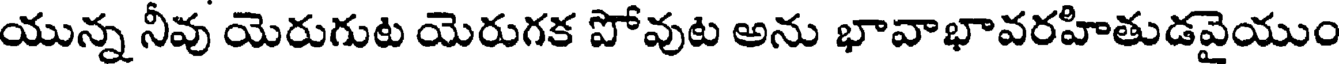
యున్న నీవు యెరుగుట యెరుగక పోవుట అను భావాభావరహితుడవైయుం